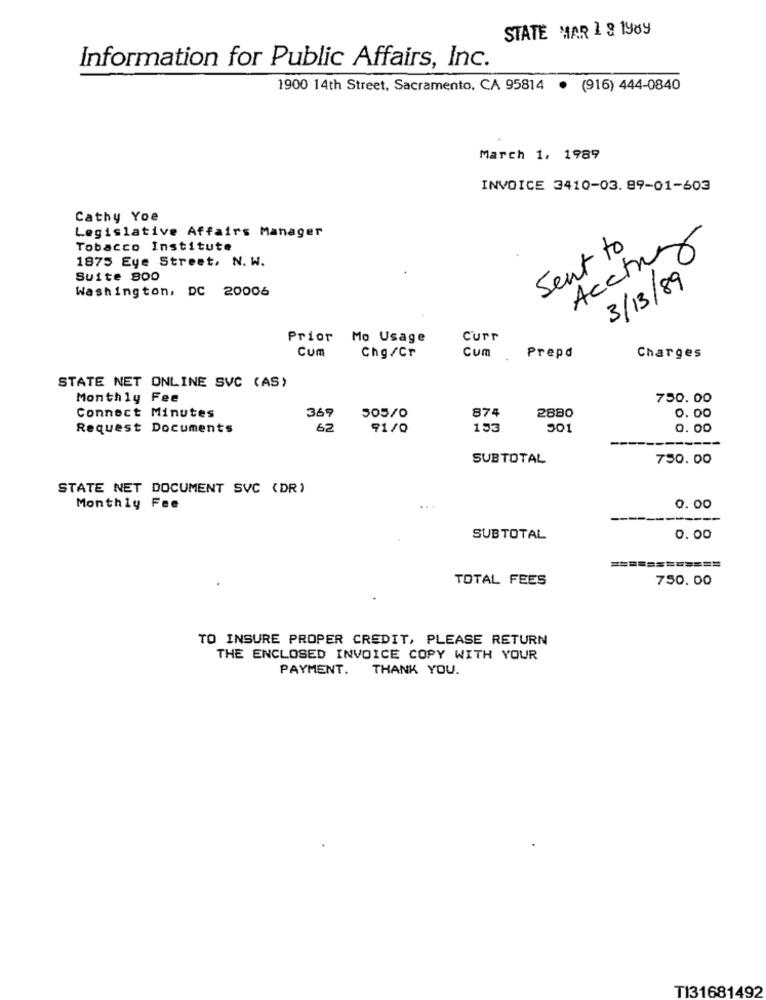
STATE MAR 1 9 1989
Information for Public Affairs, Inc.
1900 14th Street, Sacramento, CA 95814 · (916) 444-0840
March 1, 1989
INVOICE 3410-03. 89-01-603
Cathy Yoe
Legislative Affairs Manager
Tobacco Institute
Sent to
Acchiy
1875 Eye Street, N. W.
3/13/89
Suite 800
Washington, DC 20006
Prior Mo Usage
Curr
Cum
Cum
Chg/Cr
Prepd
Charges
STATE NET ONLINE SVC (AS)
Monthly Fee
750.00
Connect Minutes
369
874
2880
505/0
0. 00
Request Documents
62
91/0
153
501
0. 00
SUBTOTAL
750.00
STATE NET DOCUMENT SVC (DR)
Monthly Fee
0.00
SUBTOTAL
0.00
========
TOTAL FEES
750.00
TO INSURE PROPER CREDIT, PLEASE RETURN
THE ENCLOSED INVOICE COPY WITH YOUR
PAYMENT. THANK YOU.
TI31681492